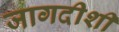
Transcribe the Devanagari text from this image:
जागदीशी